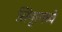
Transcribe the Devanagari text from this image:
सिंगूरमध्ये